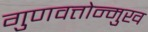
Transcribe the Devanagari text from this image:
गुणवत्तोन्मुख